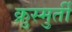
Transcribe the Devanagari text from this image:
क्रुस्मुर्ती